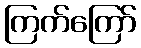
ကြက်ကြော်